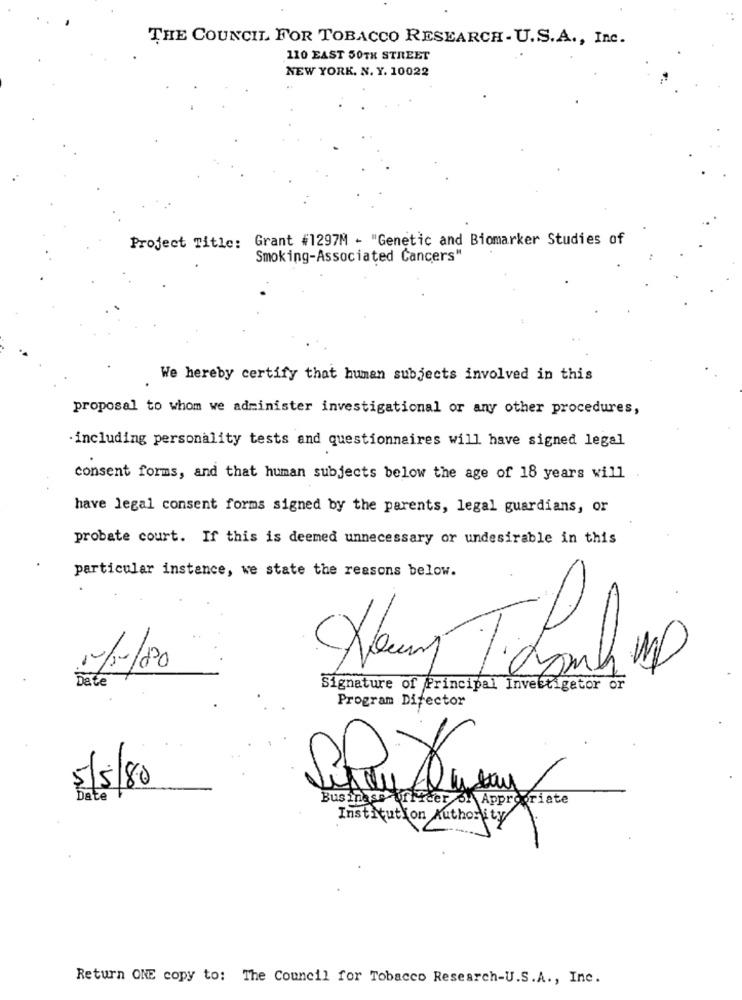
THE COUNCIL FOR TOBACCO RESEARCH - U.S.A ., Inc.
110 EAST 50TH STREET
NEW YORK. N. Y. 10022
Project Title: Grant #1297M - "Genetic and Biomarker Studies of
Smoking-Associated Cancers"
We hereby certify that human subjects involved in this
proposal to whom we administer investigational or any other procedures,
-including personality tests and questionnaires will have signed legal
consent forms, and that human subjects below the age of 18 years will
have legal consent forms signed by the parents, legal guardians, or
probate court. If this is deemed unnecessary or undesirable in this
particular instance, we state the reasons below.
12/24/80
Date
Signature of Principal Investigator or
Program Director
5/5/80
Date
Business officer of Appropriate
Institution Authority/
Return ONE copy to: The Council for Tobacco Research-U.S.A ., Inc.